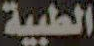
الطبية